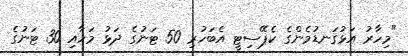
"މިހާރު އަޅުގަނޑުމެންގެ ކެޕޭސިޓީ އެބަހުރި 50 ޓަނުގެ ދަޅު މަހާއި 30 ޓަނުގެ